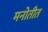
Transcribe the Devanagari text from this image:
मनोतीत